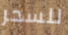
للسحر